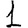
Digit: 1